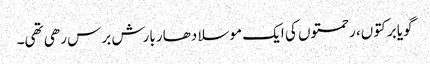
گویا برکتوں، رحمتوں کی ایک موسلا دھار بارش برس رھی تھی۔